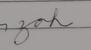
Signature authenticity: forged